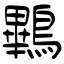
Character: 鷝